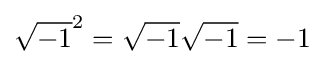
{\sqrt {-1}}^{2}={\sqrt {-1}}{\sqrt {-1}}=-1